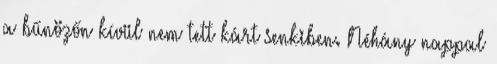
a bűnözőn kívül nem tett kárt senkiben. Néhány nappal